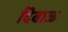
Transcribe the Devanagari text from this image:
दिवाळ